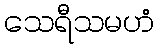
သေရီသမဟံ